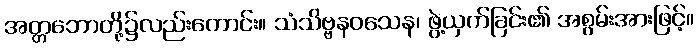
အတ္တဘောတို့၌လည်းကောင်း။ သံသိဗ္ဗနဝသေန၊ ဖွဲ့ယှက်ခြင်း၏ အစွမ်းအားဖြင့်။